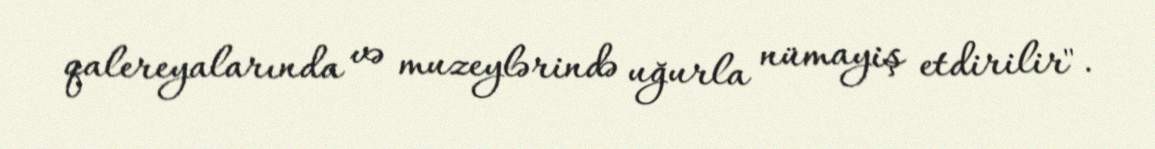
qalereyalarında və muzeylərində uğurla nümayiş etdirilir".